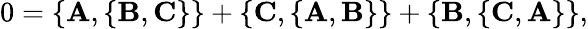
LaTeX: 0=\{ {\mathbf A},\{ {\mathbf B},{\mathbf C}\} \} +\{ {\mathbf C},\{ {\mathbf A},{\mathbf B}\} \} +\{ {\mathbf B},\{ {\mathbf C},{\mathbf A}\} \} ,